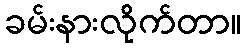
ခမ်းနားလိုက်တာ။